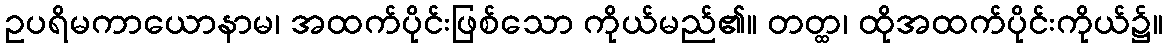
ဥပရိမကာယောနာမ၊ အထက်ပိုင်းဖြစ်သော ကိုယ်မည်၏။ တတ္ထ၊ ထိုအထက်ပိုင်းကိုယ်၌။